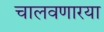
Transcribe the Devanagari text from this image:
चालवणारया